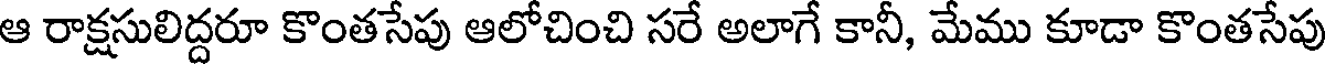
ఆ రాక్షసులిద్దరూ కొంతసేపు ఆలోచించి సరే అలాగే కానీ, మేము కూడా కొంతసేపు